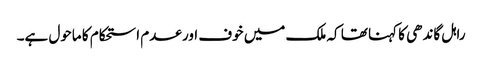
راہل گاندھی کا کہنا تھا کہ ملک میں خوف اور عدم استحکام کا ماحول ہے۔